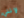
لإنني